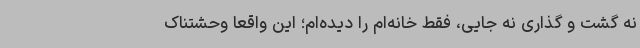
نه گشت و ‌گذاری نه جایی، فقط خانه‌ام را دیده‌ام؛ این واقعاً وحشتناک